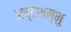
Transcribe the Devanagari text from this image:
अष्टशम्भु